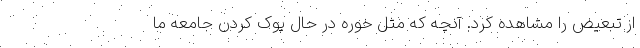
از تبعیض را مشاهده کرد. آنچه که مثل خوره در حال پوک کردن جامعه ما